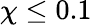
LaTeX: \chi\leq 0.1